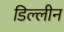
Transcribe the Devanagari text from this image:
डिल्लीन